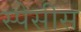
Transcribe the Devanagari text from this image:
स्पेसीस